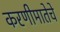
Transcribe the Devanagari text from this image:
करणीमातेचे